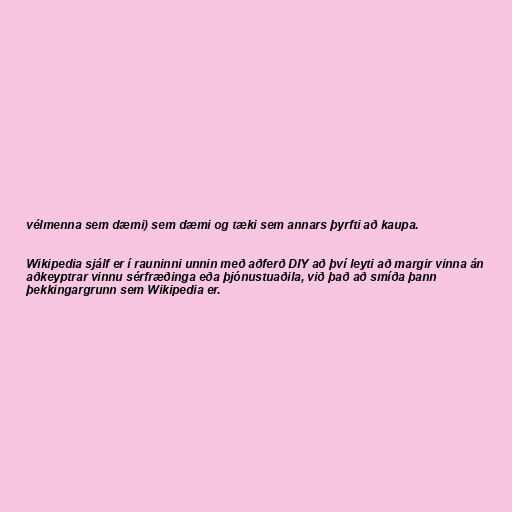
vélmenna sem dæmi) sem dæmi og tæki sem annars þyrfti að kaupa.

Wikipedia sjálf er í rauninni unnin með aðferð DIY að því leyti að margir vinna án
aðkeyptrar vinnu sérfræðinga eða þjónustuaðila, við það að smíða þann
þekkingargrunn sem Wikipedia er.